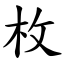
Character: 枚